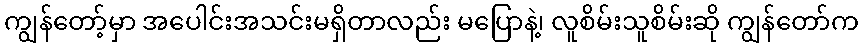
ကျွန်တော့်မှာ အပေါင်းအသင်းမရှိတာလည်း မပြောနဲ့၊ လူစိမ်းသူစိမ်းဆို ကျွန်တော်က